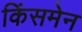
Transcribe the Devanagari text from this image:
किंसमेन